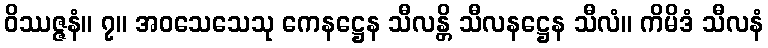
ဝိဿဇ္ဇနံ။ ၇။ အဝသေသေသု ကေနဋ္ဌေန သီလန္တိ သီလနဋ္ဌေန သီလံ။ ကိမိဒံ သီလနံ